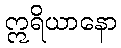
ဣရိယာနော